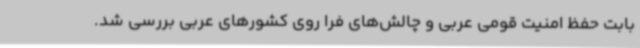
بابت حفظ امنیت قومی عربی و چالش‌های فرا روی کشورهای عربی بررسی شد.